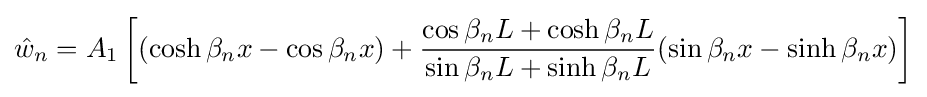
{\hat {w}}_{n}=A_{1}\left[(\cosh \beta _{n}x-\cos \beta _{n}x)+{\frac {\cos \beta _{n}L+\cosh \beta _{n}L}{\sin \beta _{n}L+\sinh \beta _{n}L}}(\sin \beta _{n}x-\sinh \beta _{n}x)\right]